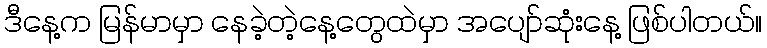
ဒီနေ့က မြန်မာမှာ နေခဲ့တဲ့နေ့တွေထဲမှာ အပျော်ဆုံးနေ့ ဖြစ်ပါတယ်။